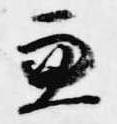
兼